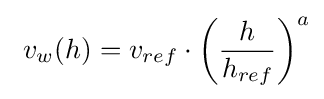
\ v_{w}(h)=v_{ref}\cdot \left({\frac {h}{h_{ref}}}\right)^{a}